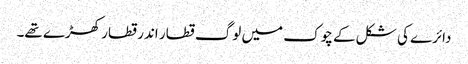
دائرے کی شکل کے چوک میں لوگ قطار اندر قطار کھڑے تھے۔